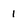
Character: 1